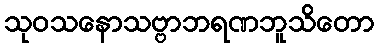
သုဝသနောသဗ္ဗာဘရဏဘူသိတော